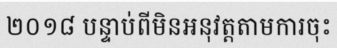
២០១៨ បន្ទាប់ពីមិនអនុវត្តតាមការចុះ